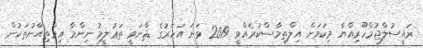
ރައީސުލްޖުމްހޫރިއްޔާ މިކަމަށް އިލްތިމާސްކުރެއްވީ 2019 ވަނަ އަހަރުގެ ޘާނަވީ ތަޢުލީމު ނިންމާ އިމްތިޙާނުތަކުން